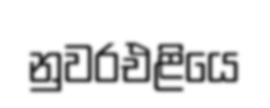
නුවරඑළියෙ